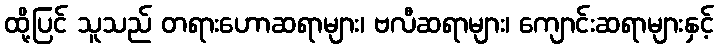
ထို့ပြင် သူသည် တရားဟောဆရာများ၊ ဗလီဆရာများ၊ ကျောင်းဆရာများနှင့်